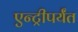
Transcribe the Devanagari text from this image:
एन्ट्रीपर्यंत